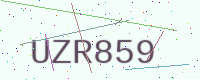
Text: UZR859